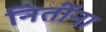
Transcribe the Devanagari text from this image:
नितींना